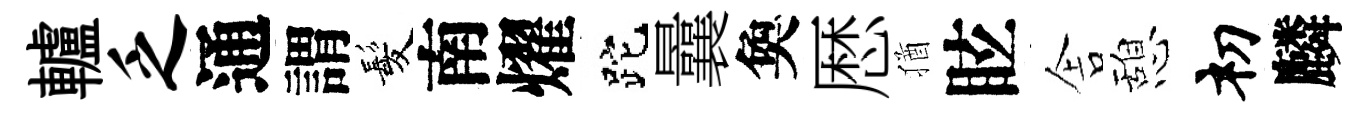
轤乏通謂髪南燿跎曩奐厯猶眩舎憩𥘉麟